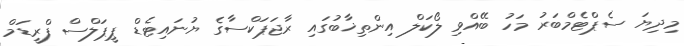
މިދިޔަ ސެޕްޓެމްބަރު މަހު ބޭއްވި ލޯކަލް އިންތިޚާބުގައި ރާޖަޕަކްސާގެ ޔުނައިޓެޑް ޕީޕަލްސް ފްރީޑަމް